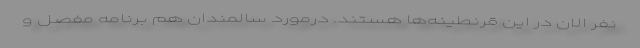
نفر الان در این قرنطینه‌ها هستند. درمورد سالمندان هم برنامه مفصل و